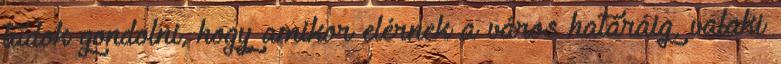
tudok gondolni, hogy amikor elérnek a város határáig, valaki